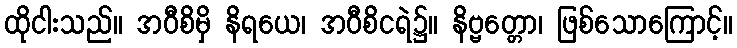
ထိုငါးသည်။ အဝီစိမှိ နိရယေ၊ အဝီစိငရဲ၌။ နိဗ္ဗတ္တော၊ ဖြစ်သောကြောင့်။